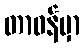
တာဝန်မှာ